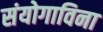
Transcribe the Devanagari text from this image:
संयोगाविना